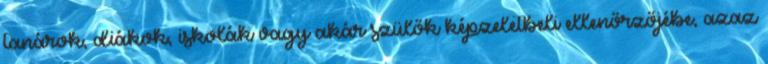
tanárok, diákok, iskolák vagy akár szülők képzeletbeli ellenőrzőjébe, azaz